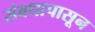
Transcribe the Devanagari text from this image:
संबधापासून